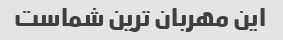
این مهربان ترین شماست